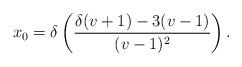
LaTeX: \begin{align*}x_0=\delta\left(\frac{\delta(v+1)-3(v-1)}{(v-1)^2}\right).\end{align*}